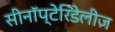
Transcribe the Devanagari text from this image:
सीनॉप्टेरिडेलीज़